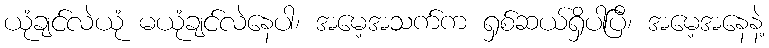
ယုံချင်လဲယုံ မယုံချင်လဲနေပါ၊ အမေ့အသက်က ရှစ်ဆယ်ရှိပါပြီ၊ အမေ့အနေနဲ့